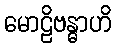
မောဠိဗန္ဓာဟိ